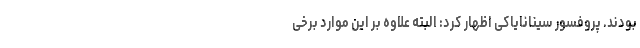
بودند. پروفسور سینانایاکی اظهار کرد: البته علاوه بر این موارد برخی